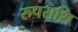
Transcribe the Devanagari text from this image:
रुपराशि